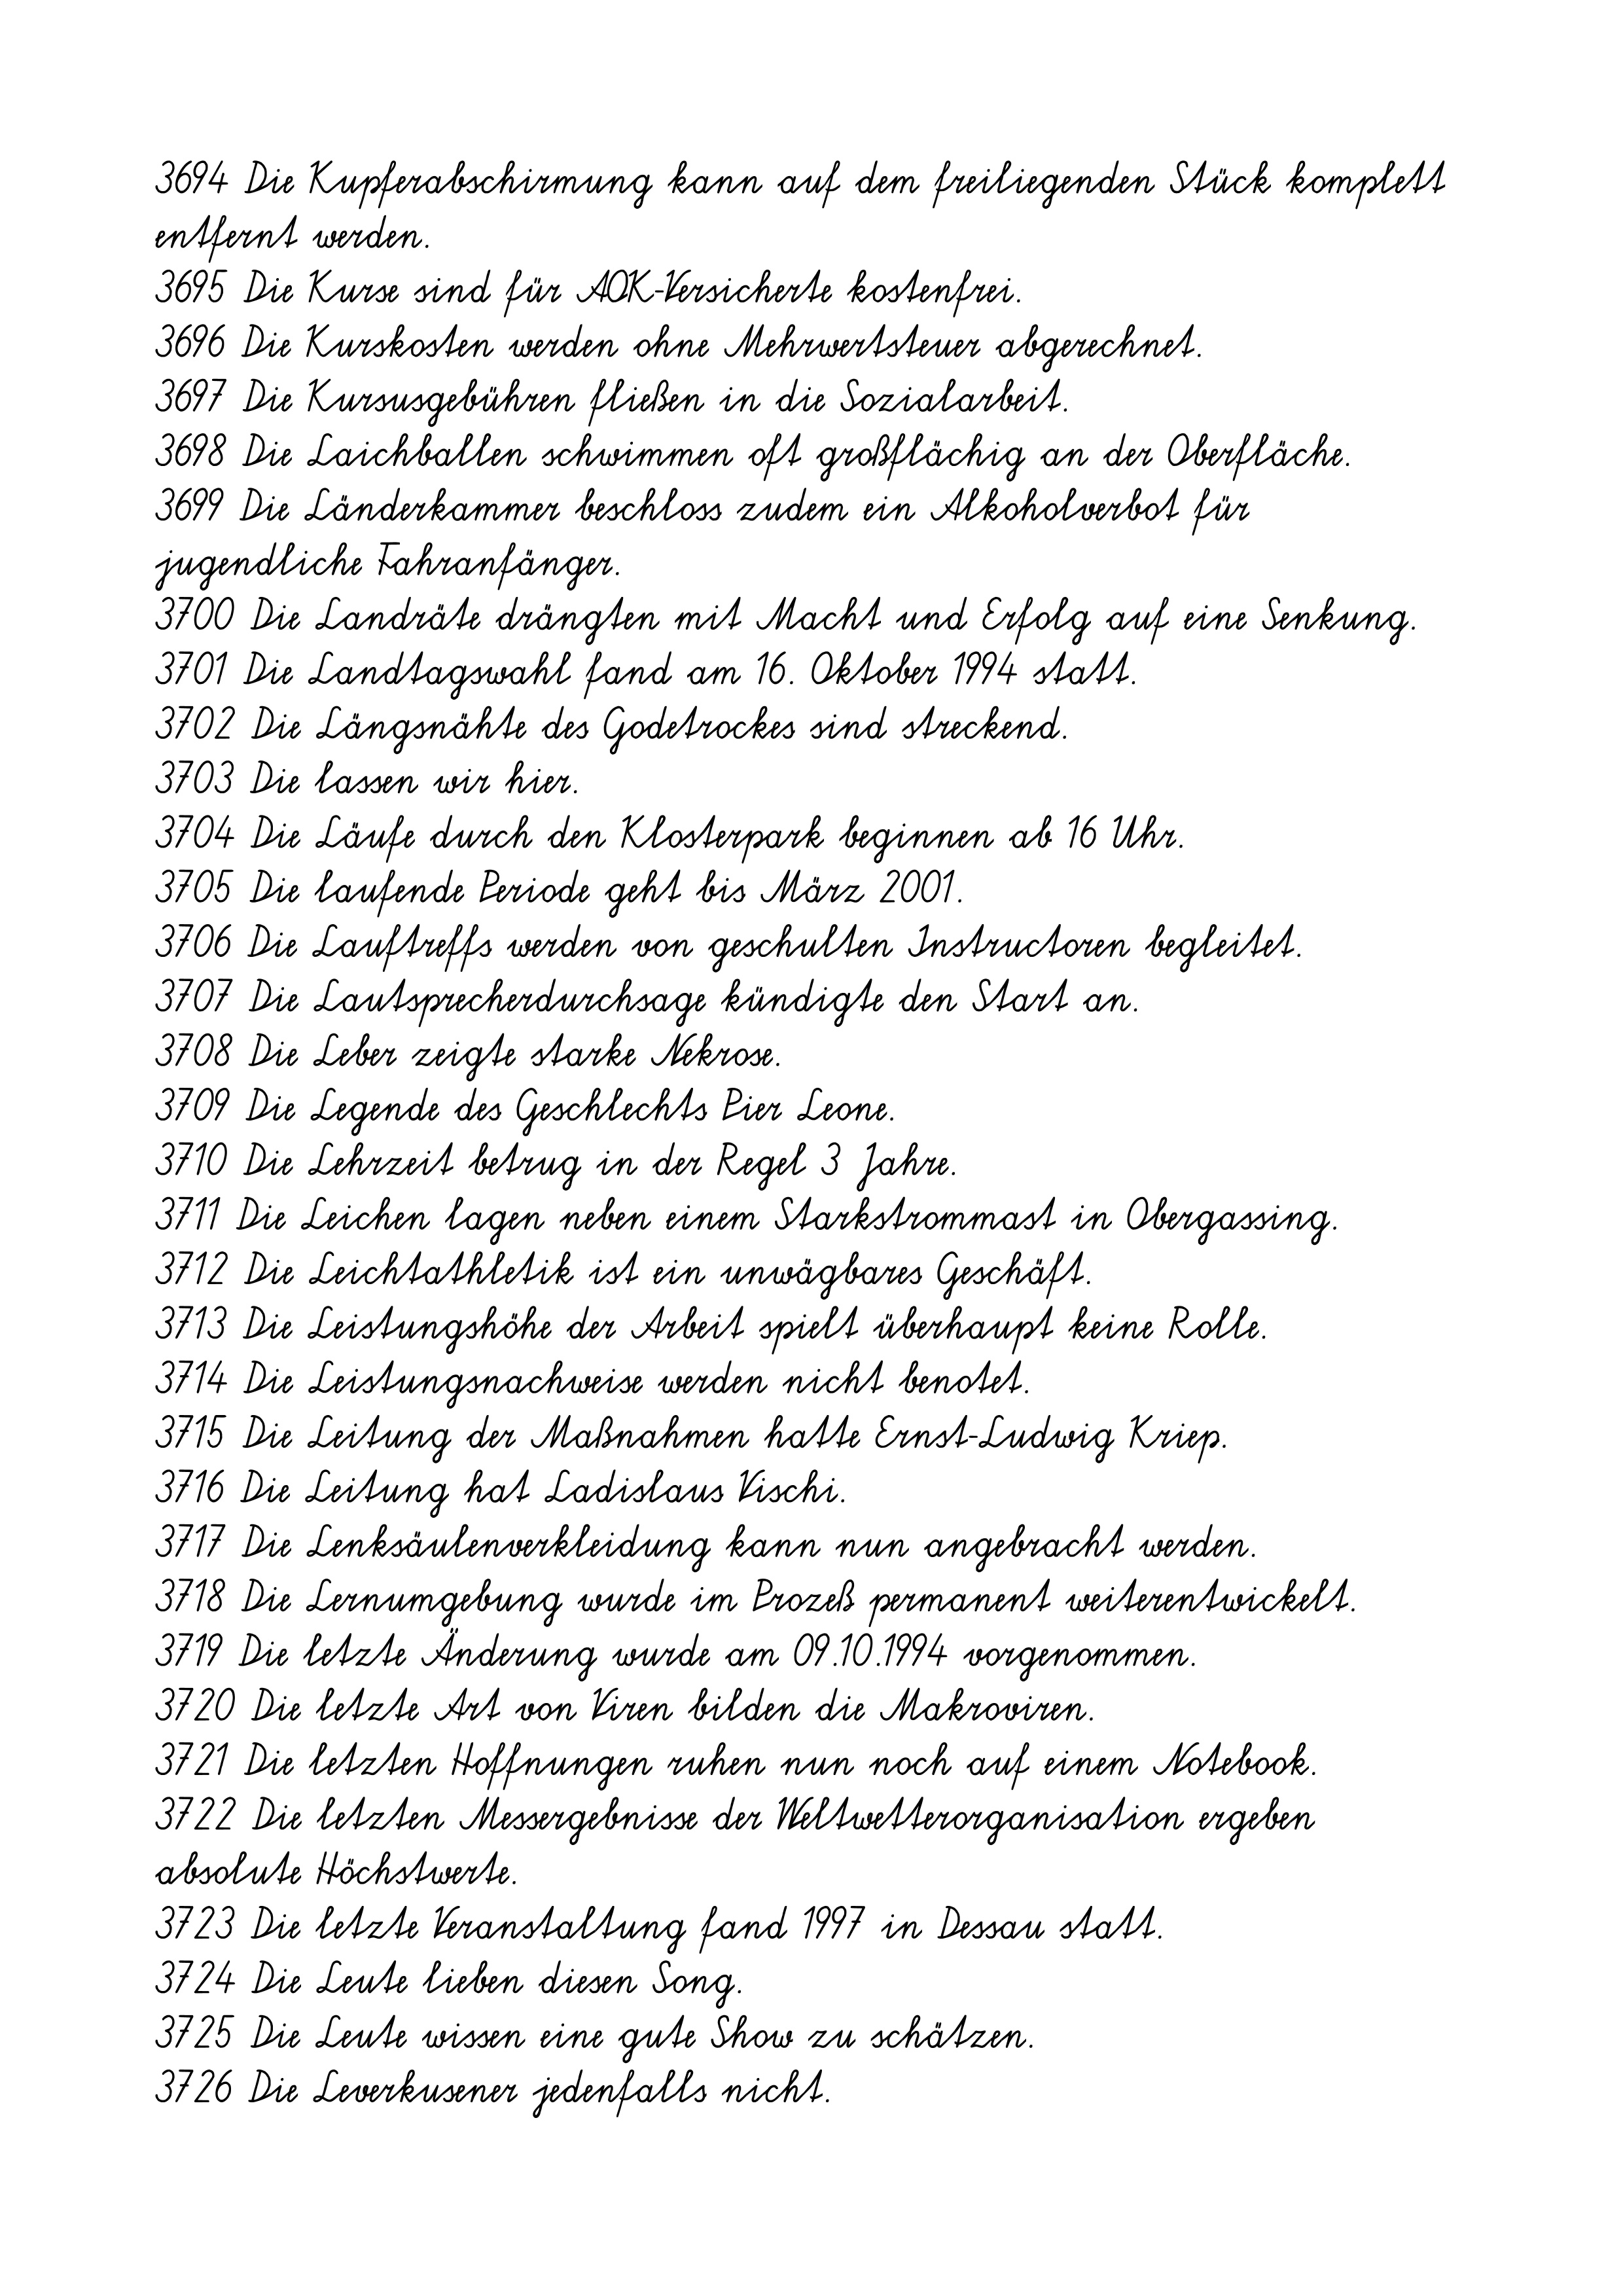
3694 Die Kupferabschirmung kann auf dem freiliegenden Stück komplett
entfernt werden.
3695 Die Kurse sind für AOK-Versicherte kostenfrei.
3696 Die Kurskosten werden ohne Mehrwertsteuer abgerechnet.
3697 Die Kursusgebühren fließen in die Sozialarbeit.
3698 Die Laichballen schwimmen oft großflächig an der Oberfläche.
3699 Die Länderkammer beschloss zudem ein Alkoholverbot für
jugendliche Fahranfänger.
3700 Die Landräte drängten mit Macht und Erfolg auf eine Senkung.
3701 Die Landtagswahl fand am 16. Oktober 1994 statt.
3702 Die Längsnähte des Godetrockes sind streckend.
3703 Die lassen wir hier.
3704 Die Läufe durch den Klosterpark beginnen ab 16 Uhr.
3705 Die laufende Periode geht bis März 2001.
3706 Die Lauftreffs werden von geschulten Instructoren begleitet.
3707 Die Lautsprecherdurchsage kündigte den Start an.
3708 Die Leber zeigte starke Nekrose.
3709 Die Legende des Geschlechts Pier Leone.
3710 Die Lehrzeit betrug in der Regel 3 Jahre.
3711 Die Leichen lagen neben einem Starkstrommast in Obergassing.
3712 Die Leichtathletik ist ein unwägbares Geschäft.
3713 Die Leistungshöhe der Arbeit spielt überhaupt keine Rolle.
3714 Die Leistungsnachweise werden nicht benotet.
3715 Die Leitung der Maßnahmen hatte Ernst-Ludwig Kriep.
3716 Die Leitung hat Ladislaus Vischi.
3717 Die Lenksäulenverkleidung kann nun angebracht werden.
3718 Die Lernumgebung wurde im Prozeß permanent weiterentwickelt.
3719 Die letzte Änderung wurde am 09.10.1994 vorgenommen.
3720 Die letzte Art von Viren bilden die Makroviren.
3721 Die letzten Hoffnungen ruhen nun noch auf einem Notebook.
3722 Die letzten Messergebnisse der Weltwetterorganisation ergeben
absolute Höchstwerte.
3723 Die letzte Veranstaltung fand 1997 in Dessau statt.
3724 Die Leute lieben diesen Song.
3725 Die Leute wissen eine gute Show zu schätzen.
3726 Die Leverkusener jedenfalls nicht.